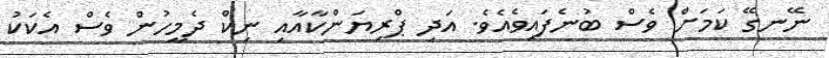
ނޭނގޭ ކަމަށް ވެސް ބުނެފައިވެއެވެ. އަދި ޕްރިޔަންކާއާއި ނިކް ދެމީހުން ވެސް އެކަކު